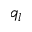
q _ { l }